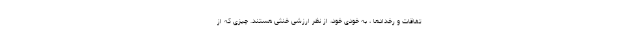
تفاقات و رخدادها ، به خودی خود، از نظر ارزشی خنثی هستند. چیزی که از